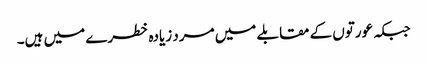
جبکہ عورتوں کے مقابلے میں مرد زیادہ خطرے میں ہیں۔